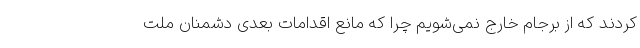
کردند که از برجام خارج نمی‌شویم چرا که مانع اقدامات بعدی دشمنان ملت